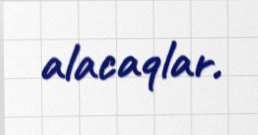
alacaqlar.